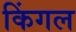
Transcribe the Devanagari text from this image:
किंगल